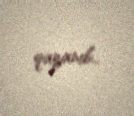
qazanıb..